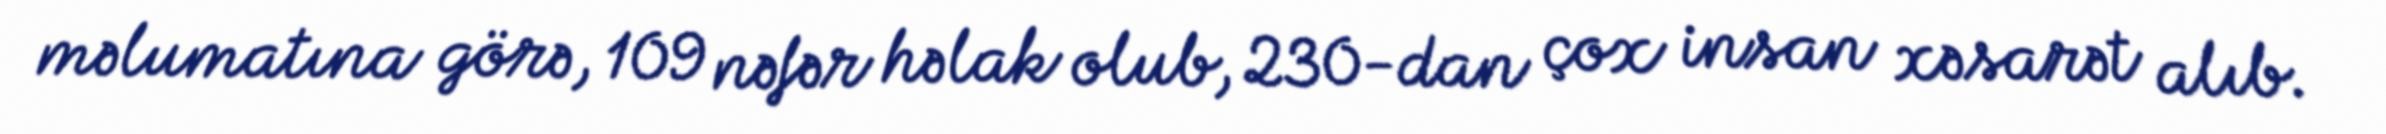
məlumatına görə, 109 nəfər həlak olub, 230-dan çox insan xəsarət alıb.